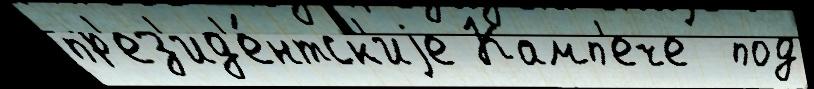
пр'ез'ид'е́нтск'иjе Камп'ече  под